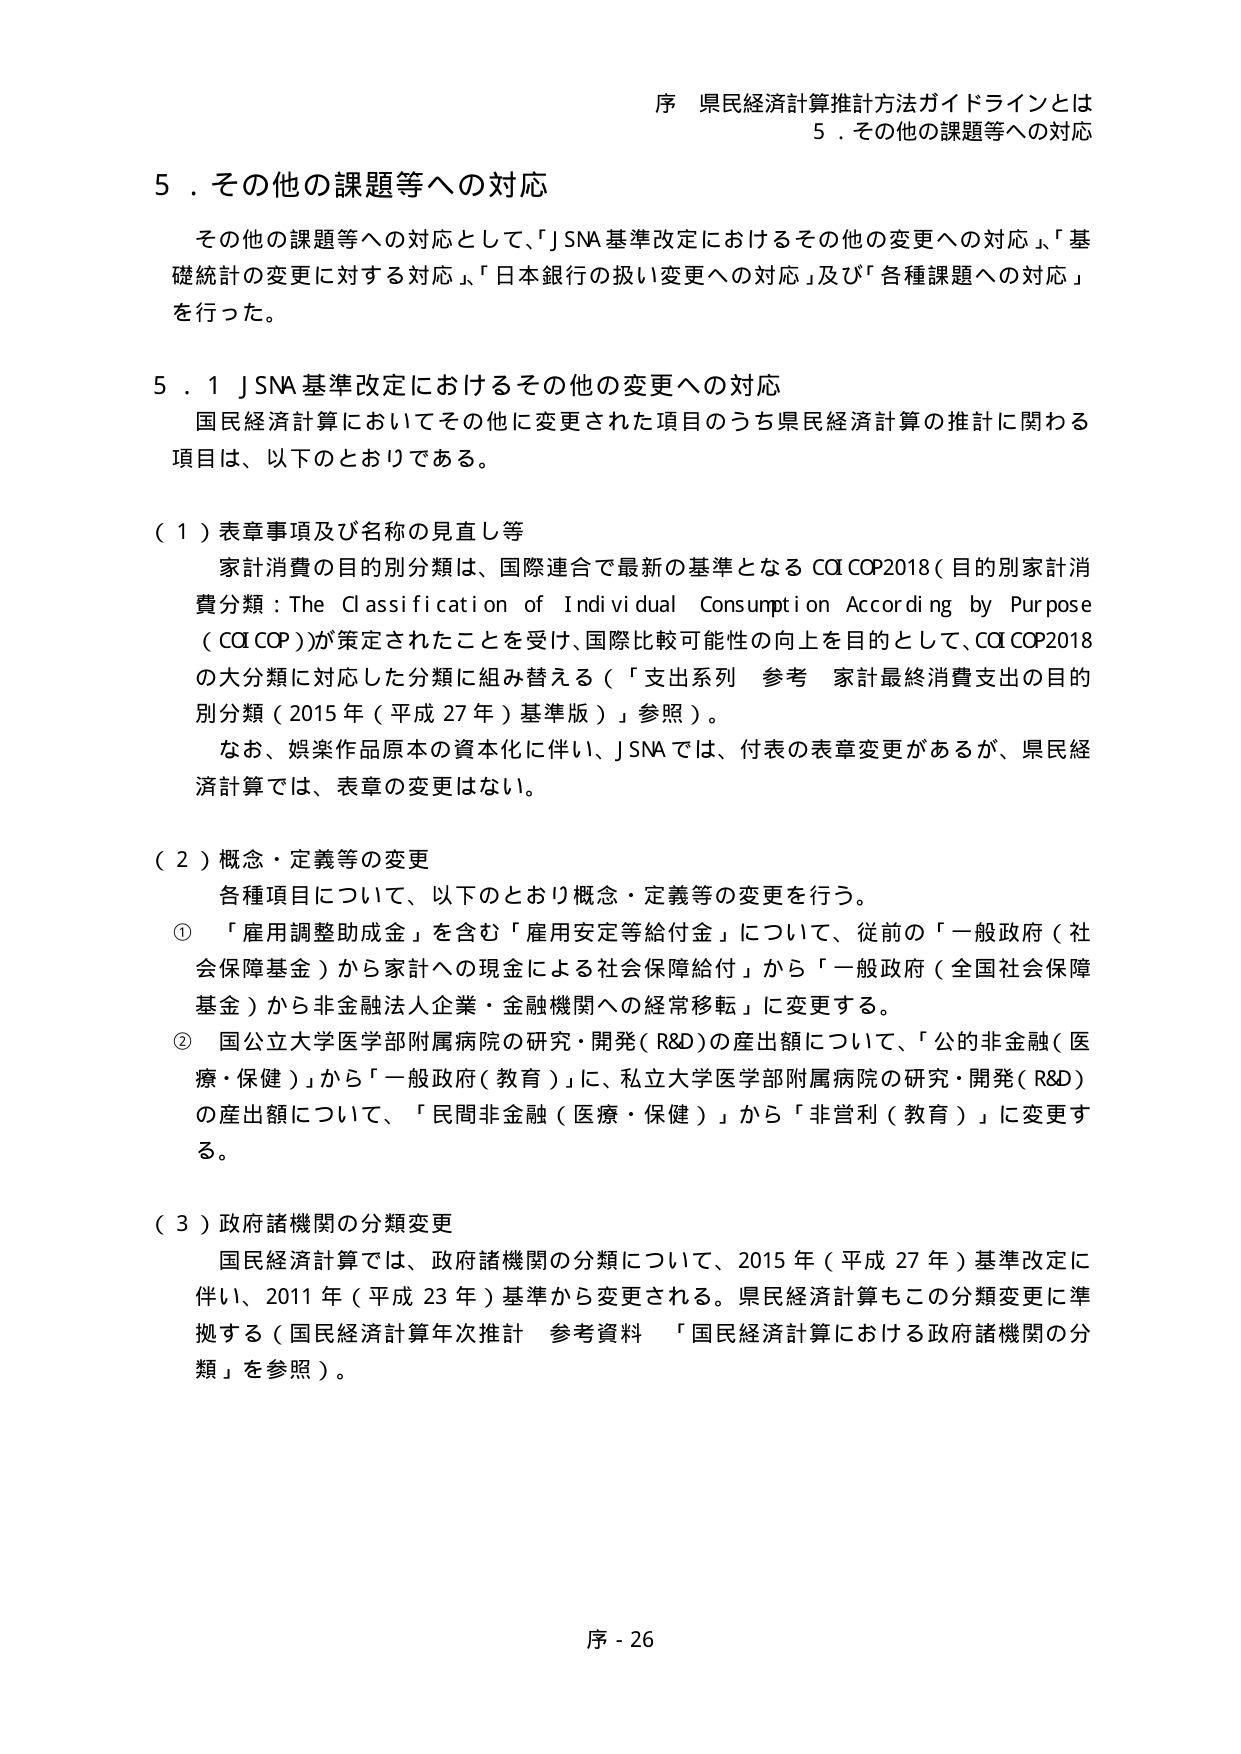
序 県民経済計算推計方法ガイドラインとは
5．その他の課題等への対応

5．その他の課題等への対応
その他の課題等への対応として、「J SNA 基準改定におけるその他の変更への対応」、「基礎統計の変更に対する対応」、「日本銀行の扱い変更への対応」及び「各種課題への対応」を行った。

5．1 J SNA 基準改定におけるその他の変更への対応
国民経済計算においてその他に変更された項目のうち県民経済計算の推計に関わる項目は、以下のとおりである。

（1）表章事項及び名称の見直し等
家計消費の目的別分類は、国際連合で最新の基準となる COICOP2018（目的別家計消費分類：The Classification of Individual Consumption According by Purpose (COICOP)）が策定されたことを受け、国際比較可能性の向上を目的として、COICOP2018の大分類に対応した分類に組み替える（「支出系列 参考 家計最終消費支出の目的別分類（2015年（平成27年）基準版）」参照）。
なお、娯楽作品原本の資本化に伴い、J SNAでは、付表の表章変更があるが、県民経済計算では、表章の変更はない。

（2）概念・定義等の変更
各種項目について、以下のとおり概念・定義等の変更を行う。
① 「雇用調整助成金」を含む「雇用安定等給付金」について、従前の「一般政府（社会保障基金）から家計への現金による社会保障給付」から「一般政府（全国社会保障基金）から非金融法人企業・金融機関への経常移転」に変更する。
② 国公立大学医学部附属病院の研究・開発（R&D）の産出額について、「公的非金融（医療・保健）」から「一般政府（教育）」に、私立大学医学部附属病院の研究・開発（R&D）の産出額について、「民間非金融（医療・保健）」から「非営利（教育）」に変更する。

（3）政府諸機関の分類変更
国民経済計算では、政府諸機関の分類について、2015年（平成27年）基準改定に伴い、2011年（平成23年）基準から変更される。県民経済計算もこの分類変更に準拠する（国民経済計算年次推計 参考資料 「国民経済計算における政府諸機関の分類」を参照）。

序 - 26